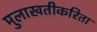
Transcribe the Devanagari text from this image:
मुलाखतीकरिता